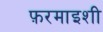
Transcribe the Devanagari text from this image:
फ़रमाइशी